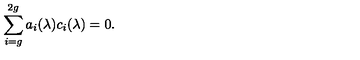
\sum _ { i = g } ^ { 2 g } a _ { i } ( \lambda ) c _ { i } ( \lambda ) = 0 .